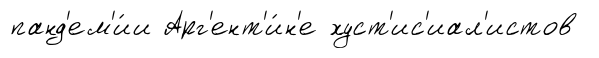
панд'ем'и́и Арг'ент'и́н'е хуст'ис'иал'истов